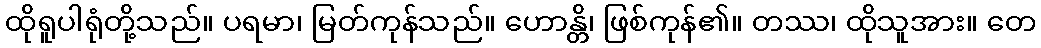
ထိုရူပါရုံတို့သည်။ ပရမာ၊ မြတ်ကုန်သည်။ ဟောန္တိ၊ ဖြစ်ကုန်၏။ တဿ၊ ထိုသူအား။ တေ